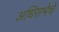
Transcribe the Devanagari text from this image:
अधिसभेचे